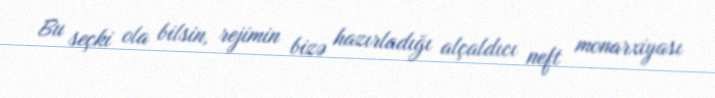
Bu seçki ola bilsin, rejimin bizə hazırladığı alçaldıcı neft monarxiyası